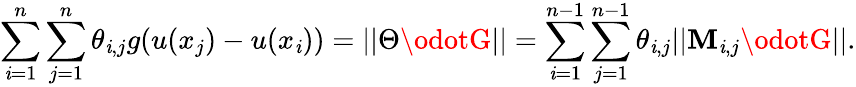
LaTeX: \sum_{\mathit{i}=1}^{n}\sum_{j=1}^{n}\theta_{\mathit{i},j}g(u(x_{j})-u(x_{\mathit{i}}))=||\Theta\odotG||=\sum_{\mathit{i}=1}^{n-1}\sum_{j=1}^{n-1}\theta_{\mathit{i},j}||\mathbf{M}_{\mathit{i},j}\odotG||.